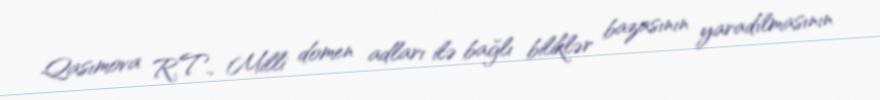
Qasımova R.T., Milli domen adları ilə bağlı biliklər bazasının yaradılmasının